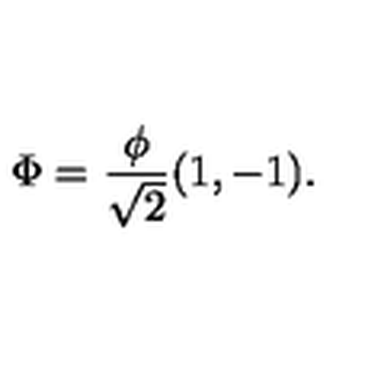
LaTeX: \Phi = { \frac { \phi } { \sqrt { 2 } } } ( 1 , - 1 ) .